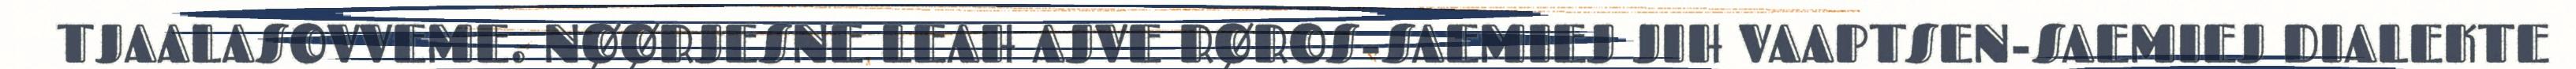
TJAALASOVVEME. NØØRJESNE LEAH AJVE RØROS-SAEMIEJ JIH VAAPTSEN-SAEMIEJ DIALEKTE